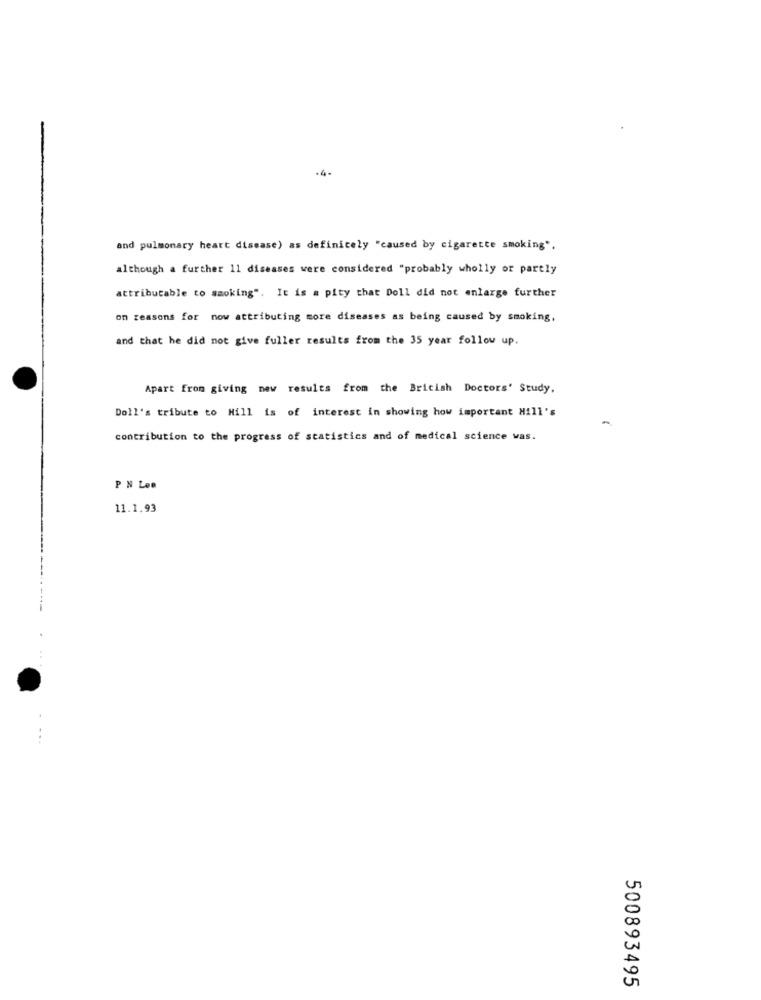
-4-
and pulmonary heart disease) as definicely "caused by cigarette smoking".
although a further 11 diseases were considered "probably wholly or partly
attributable to smoking". It is a pity that Doll did not anlarge further
on reasons for now attributing more diseases as being caused by smoking,
and that he did not give fuller results from the 35 year follow up.
Apart from giving new results from the British Doctors' Study.
Doll's tribute to Hill is of interest in showing how important Hill's
contribution to the progress of statistics and of medical science was.
P N Loe
11.1.93
500893495